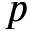
p